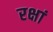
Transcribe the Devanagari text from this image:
रक्षां